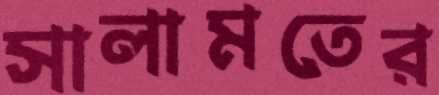
সালামতের